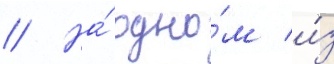
// На́ одно́м и́з